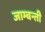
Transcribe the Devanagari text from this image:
जाम्बन्ती